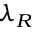
\lambda _ { R }